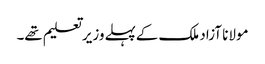
مولانا آزاد ملک کےپہلےوزیرتعلیم تھے۔